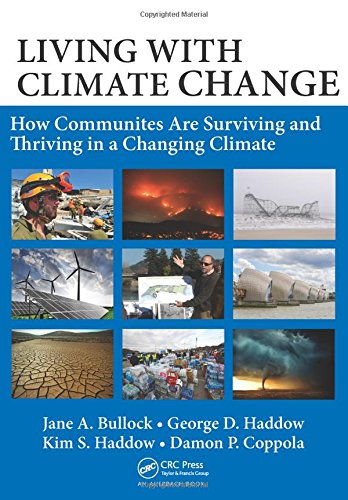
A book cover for Living with Climate Change: How Communities Are Surviving and Thriving in a Changing Climate; Jane A. Bullock; Science & Math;